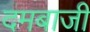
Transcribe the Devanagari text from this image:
दमबाजी